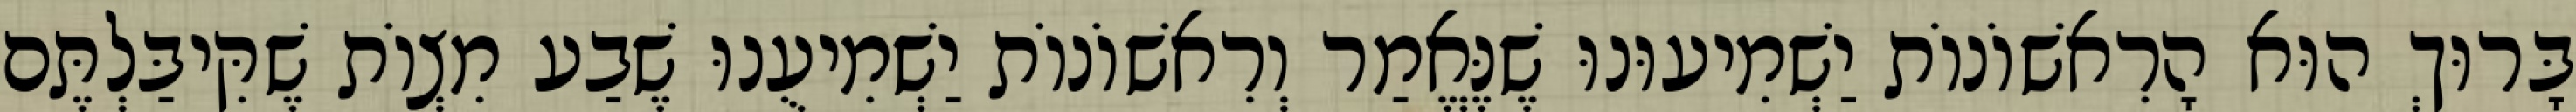
בָּרוּךְ הוּא הָרִאשׁוֹנוֹת יַשְׁמִיעוּנוּ שֶׁנֶּאֱמַר וְרִאשׁוֹנוֹת יַשְׁמִיעֻנוּ שֶׁבַע מִצְוֹת שֶׁקִּיבַּלְתֶּם